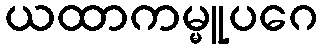
ယထာကမ္မူပဂေ